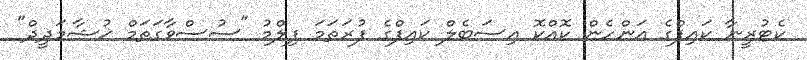
ކެޓުރީނާ ކައިފްގެ އަންހެން ކޮއްކޮ އިސަބެލް ކައިފްގެ ފުރަތަމަ ފިލްމު "ސުސްވާގަތަމް ޚުޝާމަދީދް"